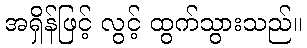
အရှိန်ဖြင့် လွင့် ထွက်သွားသည်။